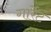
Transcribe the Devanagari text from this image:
गार्रेट